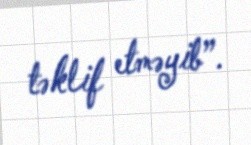
təklif etməyib”.